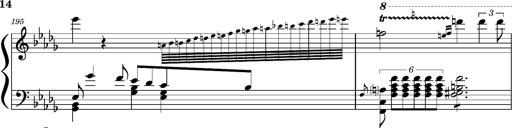
Title: Concerto sans orchestre, S.524a
Composer: Franz Liszt
Key: A major